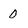
Character: 0